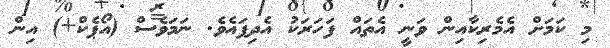
މި ކަމަށް އެމެރިކާއިން ވަނީ އެތައް ފަހަރަކު އެދިފައެވެ. ނަމަވެސް (އޯޕެކް+) އިން